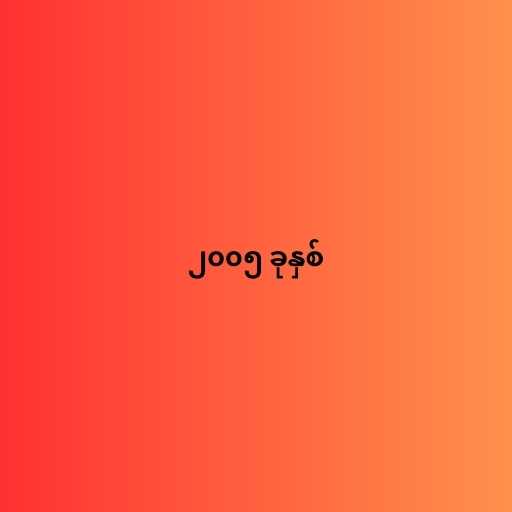
၂၀၀၅ ခုနှစ်